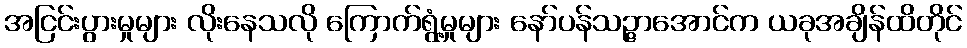
အငြင်းပွားမှုများ လိုးနေသလို ကြောက်ရွံ့မှုများ နော်ပန်သဉ္ဇာအောင်က ယခုအချိန်ထိတိုင်